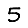
Digit: 5